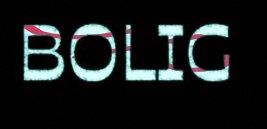
BOLIG